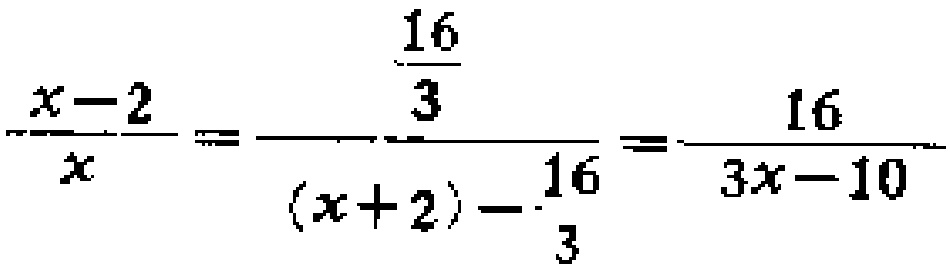
\(\frac{x - 2}{x}=\frac{\frac{16}{3}}{(x + 2)-\frac{16}{3}}=\frac{16}{3x - 10}\)